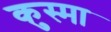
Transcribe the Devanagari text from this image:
कुस्मा